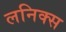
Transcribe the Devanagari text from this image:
लनिक्स